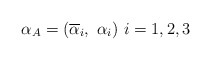
\begin{align*}\alpha_A = ( \overline{\alpha}_i ,\ \alpha_i ) \ i = 1, 2, 3\end{align*}